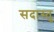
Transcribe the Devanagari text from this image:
सदास्तु